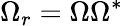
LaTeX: \Omega_{r}=\Omega\Omega^{*}